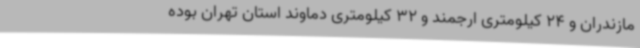
مازندران و 24 کیلومتری ارجمند و 32 کیلومتری دماوند استان تهران بوده